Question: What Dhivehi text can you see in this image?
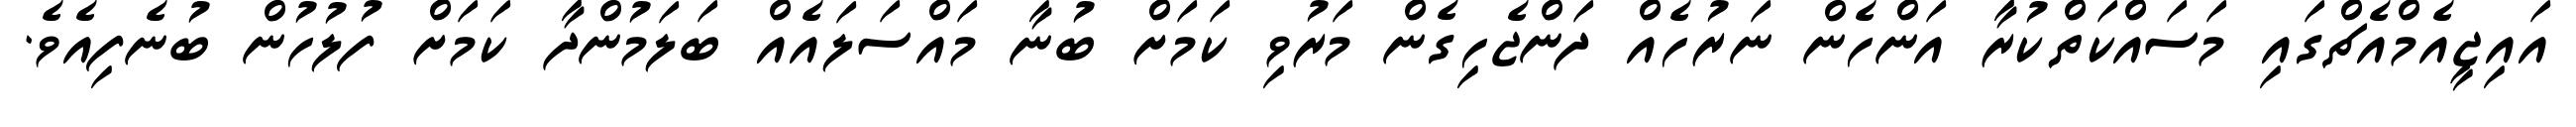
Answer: އައިޖީއެމްއެޗްގައި މަސައްކަތްކުރާ އަންހެން ނަރުހެއް ދަންޖެހިގެން މަރުވި ކަމަށް ބުނާ މައްސަލައެއް ބަލަމުންދާ ކަމަށް ފުލުހުން ބުނެފިއެވެ.